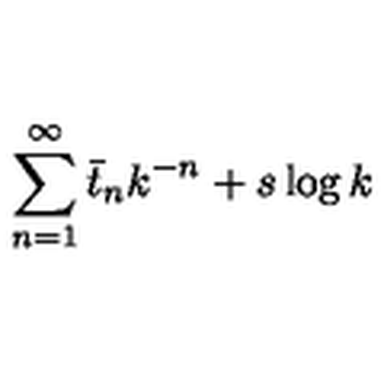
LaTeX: \sum _ { n = 1 } ^ { \infty } \bar { t } _ { n } k ^ { - n } + s \log k